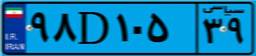
۲۸D۶۵۶۹۲